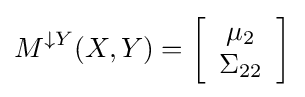
M^{\downarrow Y}(X,Y)=\left[{\begin{array}{*{20}c}\mu _{2}\\\Sigma _{22}\end{array}}\right]